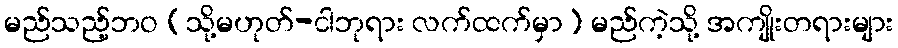
မည်သည့်ဘဝ (သို့မဟုတ်-ငါဘုရား လက်ထက်မှာ) မည်ကဲ့သို့ အကျိုးတရားများ